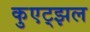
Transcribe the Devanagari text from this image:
कुएट्झल